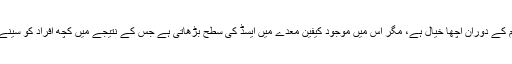
گرم چائے یا کافی تھکاوٹ یا نزلہ زکام کے دوران اچھا خیال ہے، مگر اس میں موجود کیفین معدے میں ایسڈ کی سطح بڑھاتی ہے جس کے نتیجے میں کچھ افراد کو سینے میں جلن کی شکایت کا سامنا ہوتا ہے۔